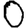
Digit: 0